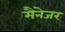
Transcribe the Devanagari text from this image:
मैंनेजर